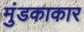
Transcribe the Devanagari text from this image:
मुंडकाकार